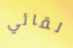
لقائي